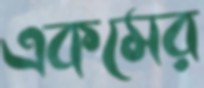
একমের